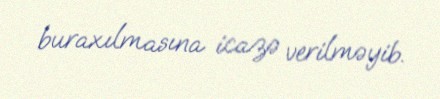
buraxılmasına icazə verilməyib.